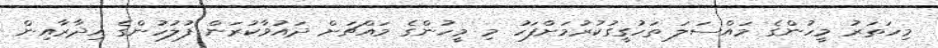
މިހަތަރު މީހުންގެ މައްސަލަ ތަހުގީގުކުރުމަށްފަހު މި މީހުންގެ މައްޗަށް ދައުވާކުރަން ފުލުހުންގެ އިދާރާއިން